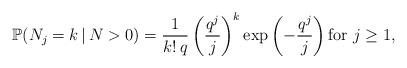
LaTeX: \begin{align*}\mathbb{P}( N_j = k \, | \, N > 0 ) = \frac{1}{k! \, q} \left(\frac{q^j}{j}\right)^k \exp\left( - \frac{q^j}{j} \right) \mbox{for } j \ge 1,\end{align*}